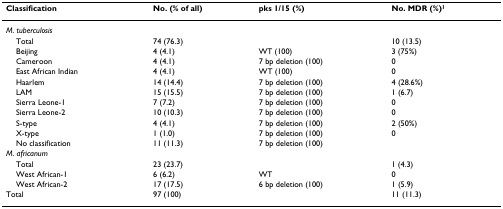
| Classification | No. (% of all) | pks 1/15 (%) | No. MDR (%)1 |
 | --- | --- | --- | --- |
 | M. tuberculosis |  |  |  |
 | Total | 74 (76.3) |  | 10 (13.5) |
 | Beijing | 4 (4.1) | WT (100) | 3 (75%) |
 | Cameroon | 4 (4.1) | 7 bp deletion (100) | 0 |
 | East African Indian | 4 (4.1) | WT (100) | 0 |
 | Haarlem | 14 (14.4) | 7 bp deletion (100) | 4 (28.6%) |
 | LAM | 15 (15.5) | 7 bp deletion (100) | 1 (6.7) |
 | Sierra Leone-1 | 7 (7.2) | 7 bp deletion (100) | 0 |
 | Sierra Leone-2 | 10 (10.3) | 7 bp deletion (100) | 0 |
 | S-type | 4 (4.1) | 7 bp deletion (100) | 2 (50%) |
 | X-type | 1 (1.0) | 7 bp deletion (100) | 0 |
 | No classification | 11 (11.3) | 7 bp deletion (100) |  |
 | M. africanum |  |  |  |
 | Total | 23 (23.7) |  | 1 (4.3) |
 | West African-1 | 6 (6.2) | WT | 0 |
 | West African-2 | 17 (17.5) | 6 bp deletion (100) | 1 (5.9) |
 | Total | 97 (100) |  | 11 (11.3) |